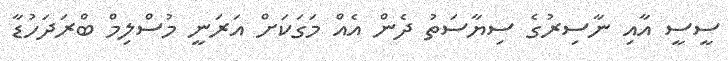
ސީސީ އާއި ނާސިރުގެ ސިޔާސަތު ދެން އެއް މަގަކަށް އަރަނީ މުސްލިމް ބްރަދަހުޑާ